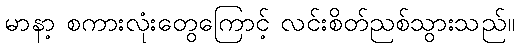
မာနာ့ စကားလုံးတွေကြောင့် လင်းစိတ်ညစ်သွားသည်။